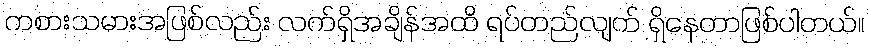
ကစားသမားအဖြစ်လည်း လက်ရှိအချိန်အထိ ရပ်တည်လျက် ရှိနေတာဖြစ်ပါတယ်။